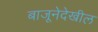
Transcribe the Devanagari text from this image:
बाजूनेदेखील